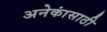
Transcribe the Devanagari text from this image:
अनेकांसाठी